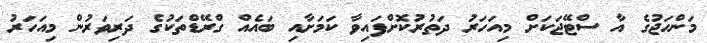
މަންހަޖުގެ އާ ސްޓޭޖަކަށް މިއަހަރު ދަތުރުކޮށްފައިވާ ކަމަށާއި ބައެއް ގްރޭޑްތަކުގެ ދަރިވަރުން މިއަހަރު